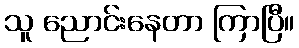
သူ ညောင်းနေတာ ကြာပြီ။